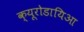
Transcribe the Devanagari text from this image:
क्यूरोडायिआ